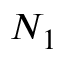
N _ { 1 }